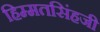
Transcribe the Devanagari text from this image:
हिम्मतसिंहजी